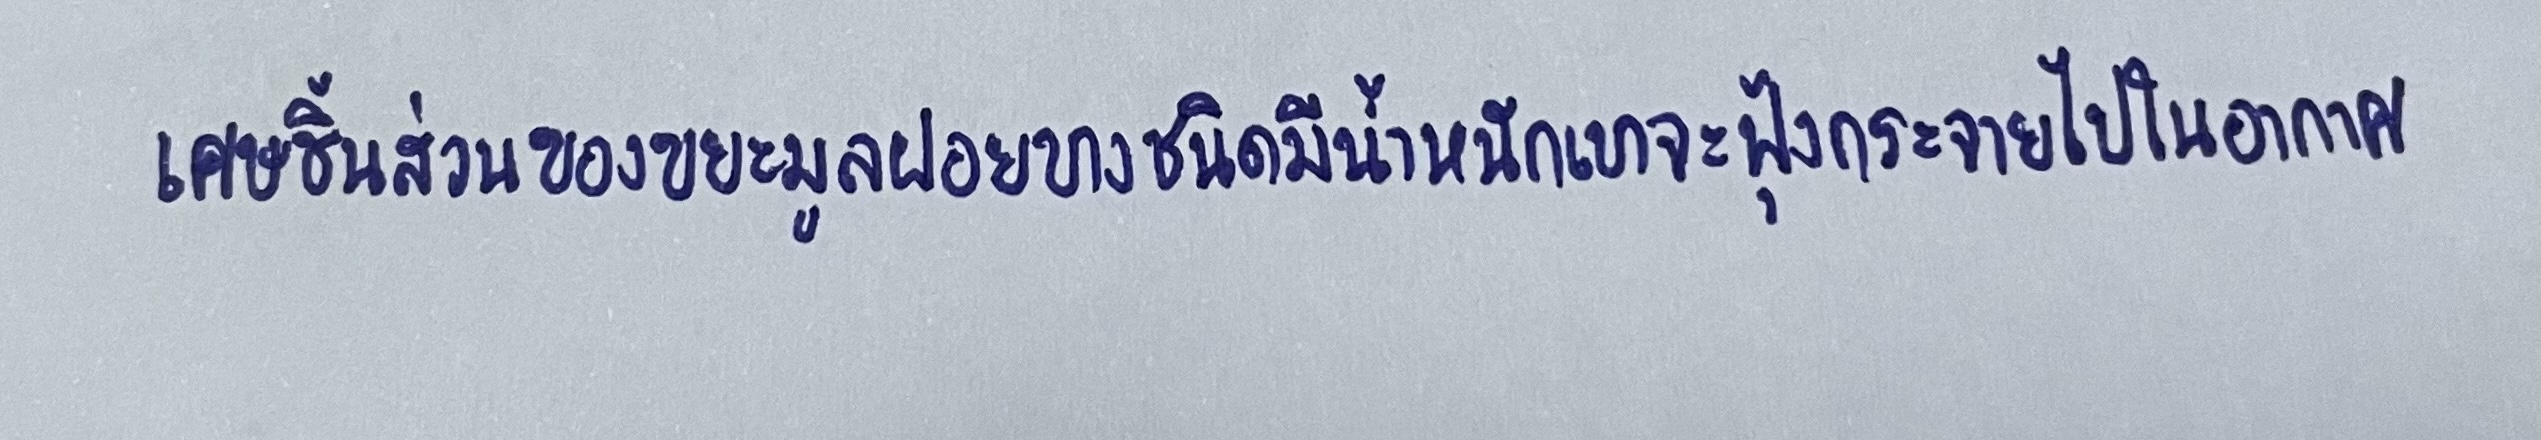
เศษชิ้นส่วนของขยะมูลฝอยบางชนิดมีน้ำหนักเบาจะฟุ้งกระจายไปในอากาศ